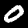
Label: 0